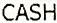
CASH